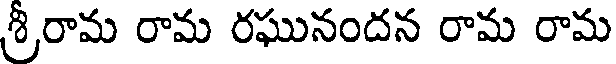
శ్రీరామ రామ రఘునందన రామ రామ